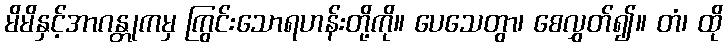
မိမိနှင့်အာဂန္တုကမှ ကြွင်းသောရဟန်းတို့ကို။ ပေသေတွာ၊ စေလွှတ်၍။ တံ၊ ထို